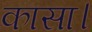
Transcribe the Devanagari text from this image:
कासा।